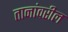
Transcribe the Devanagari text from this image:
तानांवरील